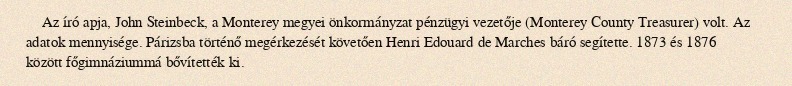
Az író apja, John Steinbeck, a Monterey megyei önkormányzat pénzügyi vezetője (Monterey County Treasurer) volt. Az adatok mennyisége. Párizsba történő megérkezését követően Henri Edouard de Marches báró segítette. 1873 és 1876 között főgimnáziummá bővítették ki.